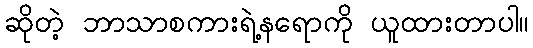
ဆိုတဲ့ ဘာသာစကားရဲ့နရောကို ယူထားတာပါ။